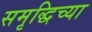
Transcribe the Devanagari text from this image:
समृद्धिच्या